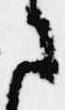
さ